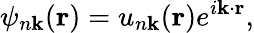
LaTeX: \psi_{n\mathbf k}(\mathbf{r})=u_{n\mathbf{k}}(\mathbf{r})e^{i\mathbf{k\cdot r}},